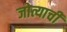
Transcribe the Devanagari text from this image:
जोत्याची